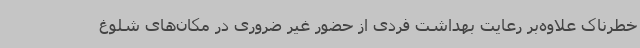
خطرناک علاوه‌بر رعایت بهداشت فردی از حضور غیر ضروری در مکان‌های شلوغ